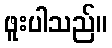
ဖူးပါသည်။